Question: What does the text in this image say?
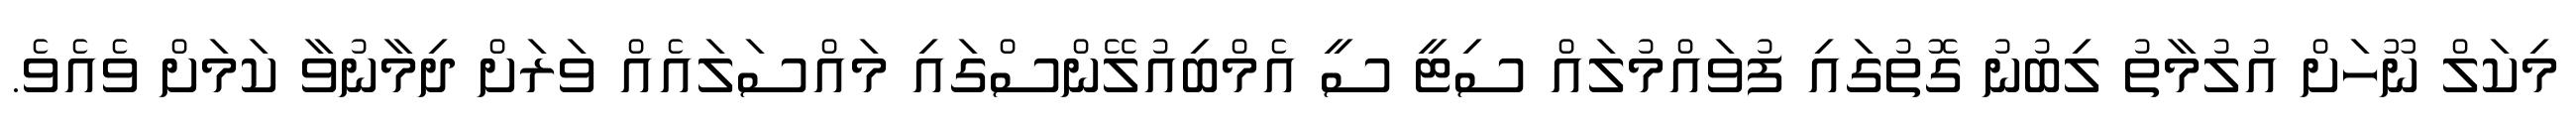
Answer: މިކަލް ނޫހަށް އުލުމާތު ލިބުނު ގޮތުގައި ފުވައްމުލައް ސިޓީ ސީ އެމްބިއުލޭންސްގައި މައްސަލައެއް ވަރަށް ދިމާނުވާ ކަމަށް ވެއެވެ.